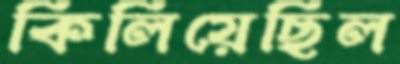
কিলিয়েছিল